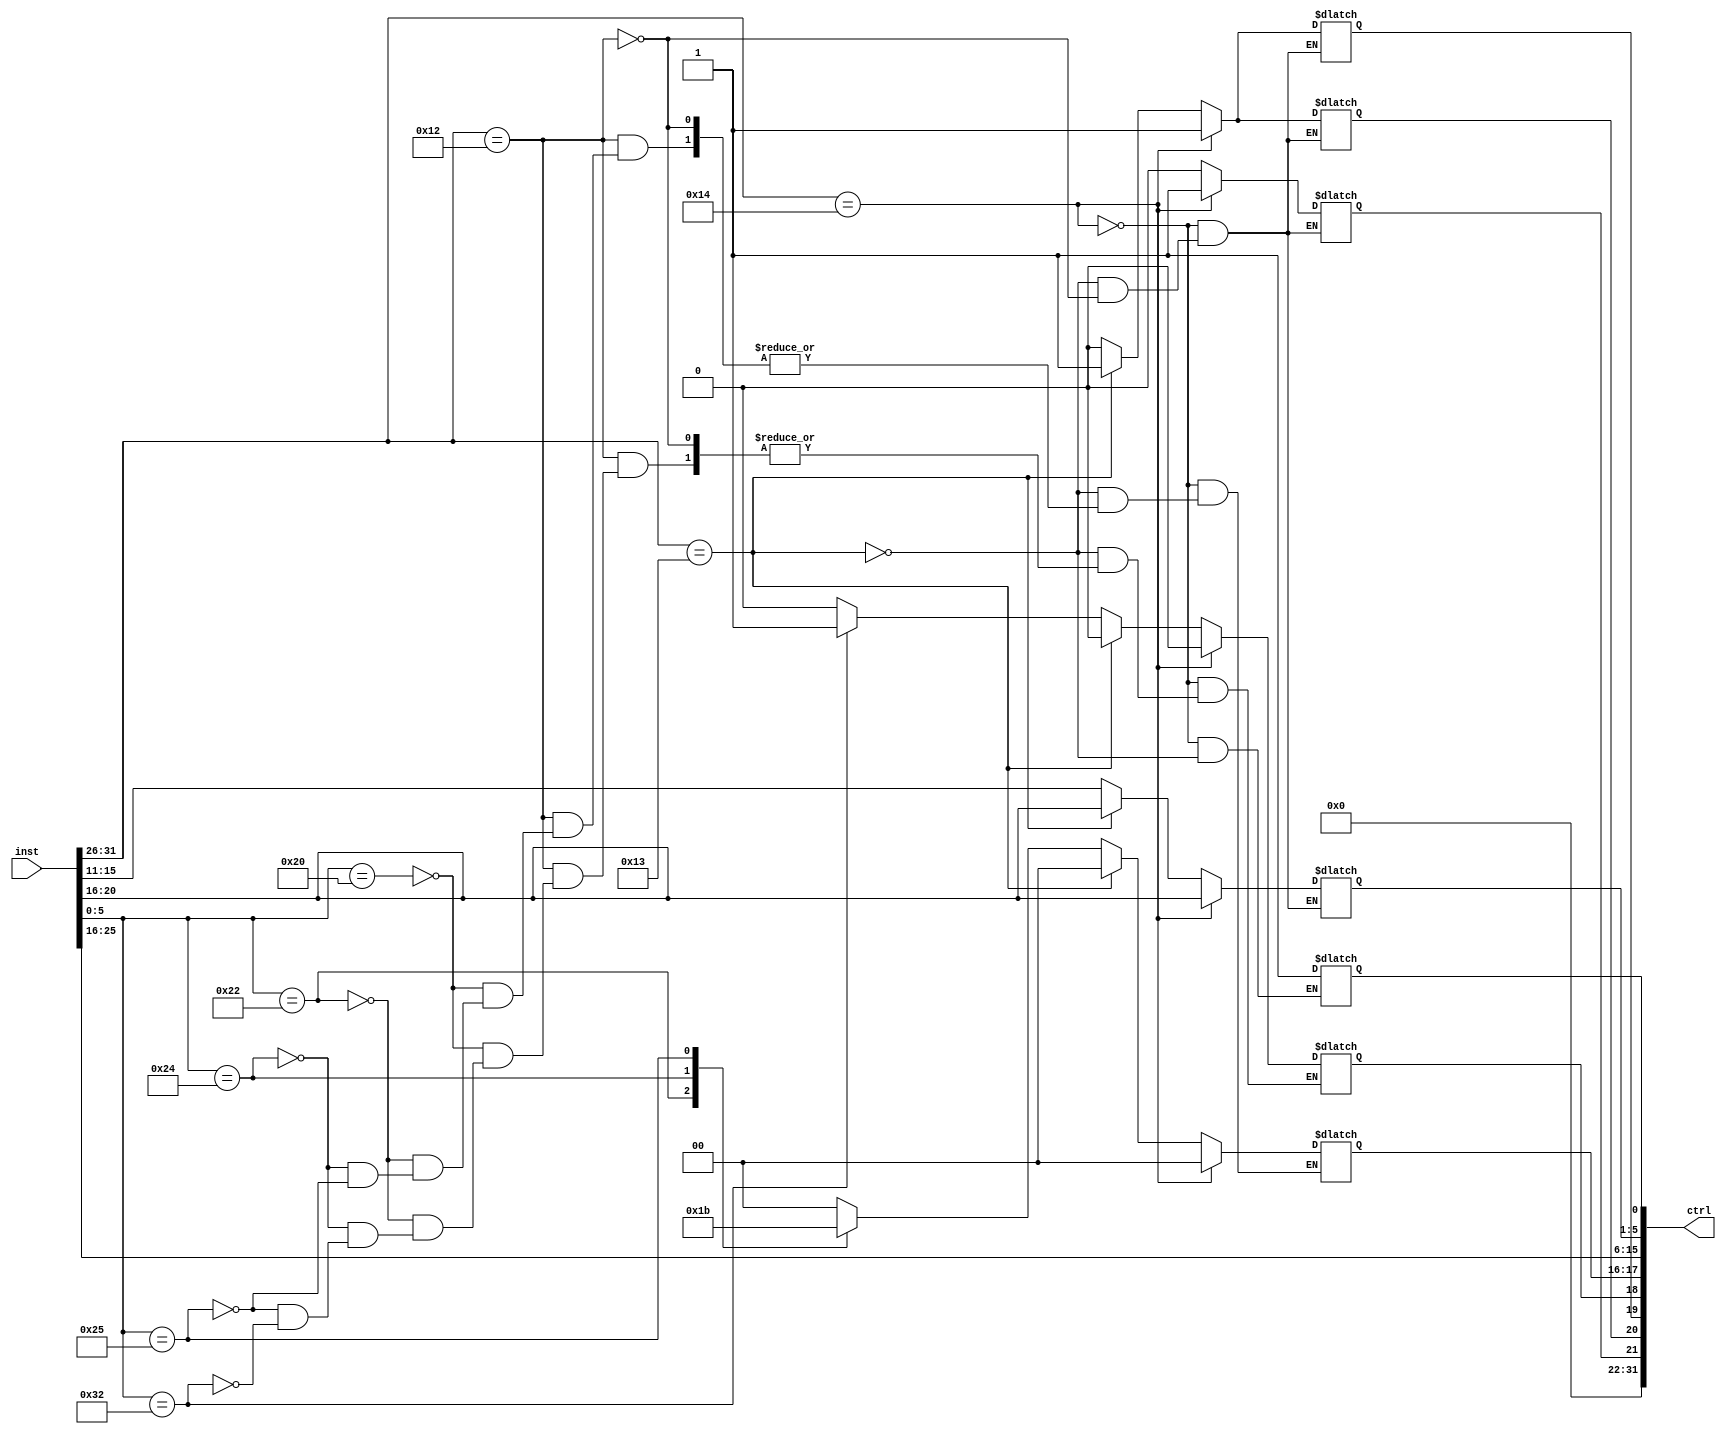
module control(
	input [31:0] inst,
	output [31:0]ctrl
);
	
	reg cs, wr, ctrl_muxA, ctrl_muxR, ctrl_muxM;
	reg [1:0] alu;
	reg [4:0] rs, rt, rd;
	reg [5:0] op, funct;
	
		always @(inst) begin
		
		op = inst[31:26];
		rs = inst[25:21];
		rt = inst[20:16];
		funct = inst[5:0];
		
		if(op == 18) begin	//Add, sub, mul, and e or 
			case(funct)
				6'd32: begin   		// add
						 alu = 2'b00;
						 ctrl_muxM = 0;
				end
				6'd34: begin   		// sub
						 alu = 2'b01;
						 ctrl_muxM = 0;
				end
				6'd36: begin   		// and
						 alu = 2'b10;
				       ctrl_muxM = 0;
				end
				6'd37: begin   		// or
				       alu = 2'b11;
						 ctrl_muxM = 0;
				end
				6'd50: begin   		// mul
						 ctrl_muxM = 1;
				end
			endcase
			
		ctrl_muxA = 0;
		ctrl_muxR = 0;
		rd = inst[15:11];
		wr = 0;
	 end
		
		if(op == 19) begin	//lw
			alu = 2'b00;
			ctrl_muxA = 1;
			ctrl_muxR = 1;
			ctrl_muxM = 0;
			cs = 1;
			wr = 0; 
			rd = rt; 
		end
		
		if(op == 20) begin	//sw
			alu = 2'b00;
			ctrl_muxA = 1;
			ctrl_muxR = 1;
			ctrl_muxM = 0;
			cs = 1;
			wr = 1; 
			rd = rt; 
		end
	end
	
	assign ctrl = {{10'b0}, {wr}, {ctrl_muxA}, {ctrl_muxR}, {ctrl_muxM}, {alu}, {rs}, {rt}, {rd}, {cs}};
	//					[31:22]	[21]		[20]			  [19]	 	   [18]    [17:16][15:11][10:6][5:1]  [0]			

endmodule